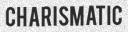
CHARISMATIC